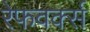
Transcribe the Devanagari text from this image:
रेफवर्क्स